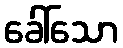
ခေါ်သော